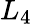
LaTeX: L_{4}